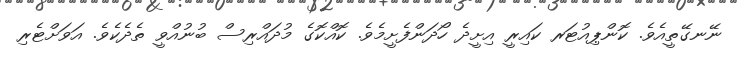
ނޭނގޭތީއެވެ. ކޮންޕިއުޓަރ ކައިރީ އިށީދެ ހޯދަންފެށީމެވެ. ކޮއްކޮގެ މުދައްރިސް ބުނުއްވީ ތެދެކެވެ. އަވަށްޓެރި